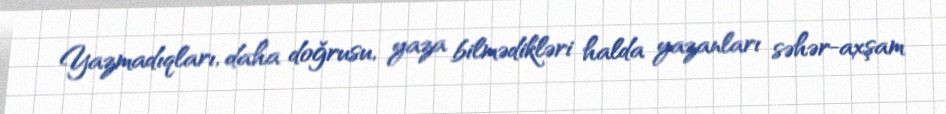
Yazmadıqları, daha doğrusu, yaza bilmədikləri halda yazanları səhər-axşam